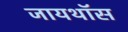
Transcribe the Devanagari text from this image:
जायथॉस